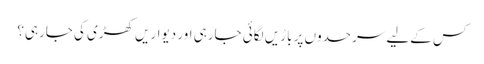
کس کےلیے سرحدوں پر باڑیں لگائی جارہی اور دیواریں کھڑی کی جارہی؟